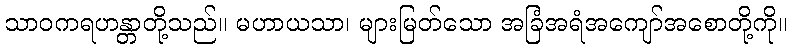
သာဝကရဟန္တာတို့သည်။ မဟာယသာ၊ များမြတ်သော အခြံအရံအကျော်အစောတို့ကို။